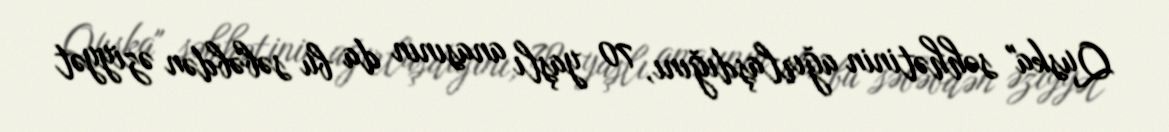
Quska" səhhətinin ağırlaşdığını, 70 yaşlı anasının da bu səbəbdən əziyyət